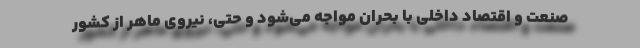
صنعت و اقتصاد داخلی با بحران مواجه می‌شود و حتی، نیروی ماهر از کشور